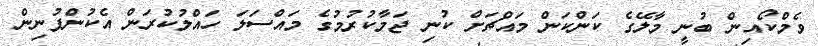
ވެމްކޯއިން ބުނީ މާލޭގެ ކަންކަން މައްޗަށް ކުނި ޖަމާކުރުމުގެ މައްސަލަ ހައްލުކުރަން އެކުންފުނިން